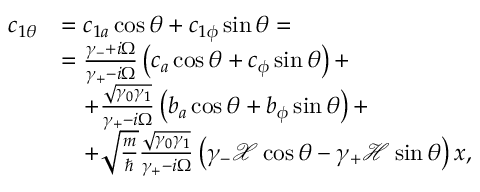
\begin{array} { r l } { c _ { 1 \theta } } & { = c _ { 1 a } \cos \theta + c _ { 1 \phi } \sin \theta = } \\ & { = \frac { \gamma _ { - } + i \Omega } { \gamma _ { + } - i \Omega } \left( c _ { a } \cos \theta + c _ { \phi } \sin \theta \right) + } \\ & { \quad + \frac { \sqrt { \gamma _ { 0 } \gamma _ { 1 } } } { \gamma _ { + } - i \Omega } \left( b _ { a } \cos \theta + b _ { \phi } \sin \theta \right) + } \\ & { \quad + \sqrt { \frac { m } { \hbar } } \frac { \sqrt { \gamma _ { 0 } \gamma _ { 1 } } } { \gamma _ { + } - i \Omega } \left( \gamma _ { - } \mathcal { X } \cos \theta - \gamma _ { + } \mathcal { H } \sin \theta \right) x , } \end{array}